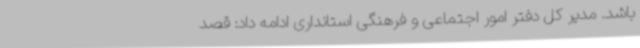
باشد. مدیر کل دفتر امور اجتماعی و فرهنگی استانداری ادامه داد: قصد